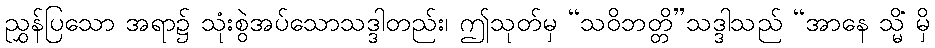
ညွှန်ပြသော အရာ၌ သုံးစွဲအပ်သောသဒ္ဒါတည်း၊ ဤသုတ်မှ “သဝိဘတ္တိ”သဒ္ဒါသည် “အာနေ သ္မိံ မှိ